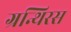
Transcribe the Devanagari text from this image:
ग्रन्थिरस